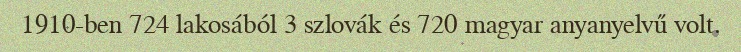
1910-ben 724 lakosából 3 szlovák és 720 magyar anyanyelvű volt.